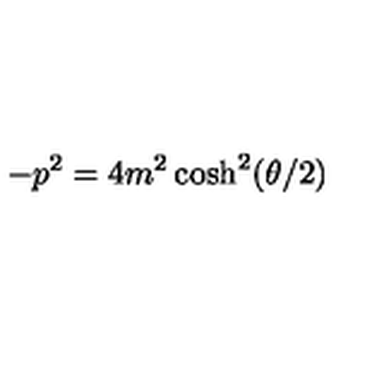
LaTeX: - p ^ { 2 } = 4 m ^ { 2 } \cosh ^ { 2 } ( \theta / 2 )